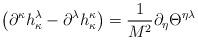
LaTeX: \begin{align*}\left( \partial ^{\kappa }h_{\kappa }^{\lambda }-\partial^{\lambda }h_{\kappa }^{\kappa }\right) =\frac{1}{M^{2}}\partial_{\eta }\Theta ^{\eta \lambda }\,\end{align*}